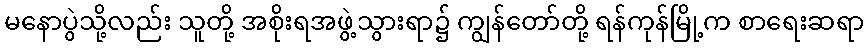
မနောပွဲသို့လည်း သူတို့ အစိုးရအဖွဲ့သွားရာ၌ ကျွန်တော်တို့ ရန်ကုန်မြို့က စာရေးဆရာ